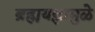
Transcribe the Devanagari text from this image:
ब्रह्मयज्ञामुळे